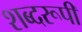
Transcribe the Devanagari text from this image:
शब्दरूपी